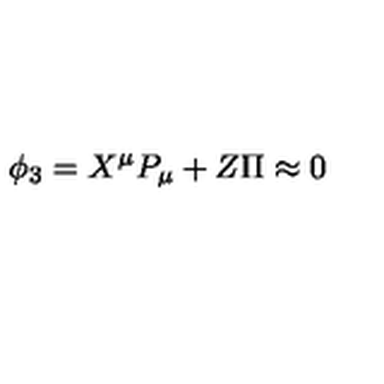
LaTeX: { } \phi _ { 3 } = X ^ { \mu } P _ { \mu } + Z \Pi \approx 0